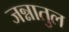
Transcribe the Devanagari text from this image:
जन्नातुल